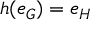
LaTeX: h ( e _ { G } ) = e _ { H }